Vaccination report Assam 1874-1896 - 1874-1896
Year: 1874
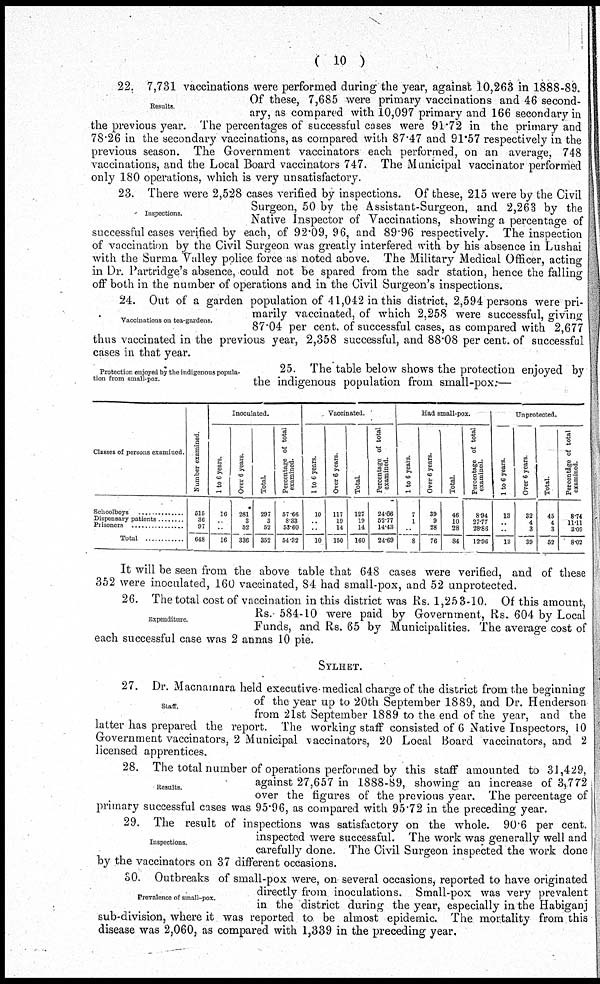
( 10 )
Results.
22. 7,731 vaccinations were performed during the year, against 10,263 in 1888-89.
Of these, 7,685 were primary vaccinations and 46 second-
ary, as compared with 10,097 primary and 166 secondary in
the previous year. The percentages of successful cases were 91.72 in the primary and
78.26 in the secondary vaccinations, as compared with 87.47 and 91.57 respectively in the
previous season. The Government vaccinators each performed, on an average, 748
vaccinations, and the Local Board vaccinators 747. The Municipal vaccinator performed
only 180 operations, which is very unsatisfactory.
Inspections.
23. There were 2,528 cases verified by inspections. Of these, 215 were by the Civil
Surgeon, 50 by the Assistant-Surgeon, and 2,263 by the
Native Inspector of Vaccinations, showing a percentage of
successful cases verified by each, of 92.09, 96, and 89.96 respectively. The inspection
of vaccination by the Civil Surgeon was greatly interfered with by his absence in Lushai
with the Surma Valley police force as noted above. The Military Medical Officer, acting
in Dr. Partridge's absence, could not be spared from the sadr station, hence the falling
off both in the number of operations and in the Civil Surgeon's inspections.
Vaccinations on tea-gardens.
24. Out of a garden population of 41,042 in this district, 2,594 persons were pri-
marily vaccinated, of which 2,258 were successful, giving
87.04 per cent. of successful cases, as compared with 2,677
thus vaccinated in the previous year, 2,358 successful, and 88.08 per cent. of successful
cases in that year.
Protection enjoyed by the indigenous popula-
tion from small-pox.
25. The table below shows the protection enjoyed by
the indigenous population from small-pox:—
Classes of persons examined.
Schoolboys ...............
Dispensary patients ......
Prisoners
...............
Total
............
Number examined
515
36
97
648
Inoculated.
1 to 6 years.
16
.. ..
16
Over 6 years.
281
3
52
336
Total.
297
3
52
352
Percentage of total
examined.
57.66
8.33
53.60
54.32
Vaccinated
1 to 6 years.
10
..
..
10
Over 6 years
117
19
14
150
Total
127
19
14
160
Percentage of total
examined.
24.66
52.77
14.43
24.69
Had small-pox.
1 to 6 years.
7
1
..
8
Over 6 years.
39
9
28
76
Total.
46
10
28
84
Percentage of total
examined.
8.94
27.77
28.86
12.96
Unprotected.
1 to 6 years.
13
.. ..
13
Over 6 years
32
4
3
39
Total.
45
4
3
52
Percentage of total
examined.
8.74
11.11
3.09
8.02
It will be seen from the above table that 648 cases were verified, and of these
352 were inoculated, 160 vaccinated, 84 had small-pox, and 52 unprotected.
Expenditure.
26. The total cost of vaccination in this district was Rs. 1,253-10. Of this amount,
Rs.- 584-10 were paid by Government, Rs. 604 by Local
Funds, and Rs. 65 by Municipalities. The average cost of
each successful case was 2 annas 10 pie.
SYLHET.
Staff.
27. Dr. Macnamara held executive medical charge of the district from the beginning
of the year up to 20th September 1889, and Dr. Henderson
from 21st September 1889 to the end of the year, and the
latter has prepared the report. The working staff consisted of 6 Native Inspectors, 10
Government vaccinators, 2 Municipal vaccinators, 20 Local Board vaccinators, and 2
licensed apprentices.
Results.
28. The total number of operations performed by this staff amounted to 31,429,
against 27,657 in 1888-89, showing an increase of 3,772
over the figures of the previous year. The percentage of
primary successful cases was 95.96, as compared with 95.72 in the preceding year.
Inspections.
29. The result of inspections was satisfactory on the whole. 90.6 per cent.
inspected were successful. The work was generally well and
carefully done. The Civil Surgeon inspected the work done
by the vaccinators on 37 different occasions.
Prevalence of small-pox.
30. Outbreaks of small-pox were, on several occasions, reported to have originated
directly from inoculations. Small-pox was very prevalent
in the district during the year, especially in the Habiganj
sub-division, where it was reported to be almost epidemic. The mortality from this
disease was 2,060, as compared with 1,339 in the preceding year.